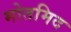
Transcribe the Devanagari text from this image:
मोतमिद